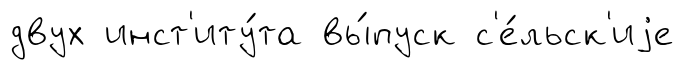
двух инст'иту́та вы́пуск с'е́льск'иjе